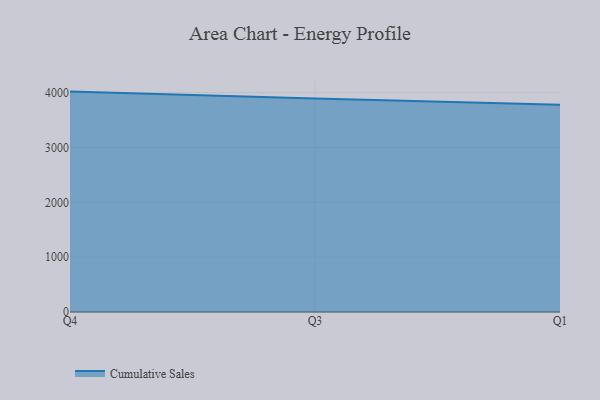
{"axis": {"x": "Quarter", "y": "Temperature (°C)"}, "legend": ["Cumulative Sales"], "data": [{"x": "Q4", "y": 4018.2, "type": "Cumulative Sales"}, {"x": "Q3", "y": 3892.3, "type": "Cumulative Sales"}, {"x": "Q1", "y": 3780.7, "type": "Cumulative Sales"}]}